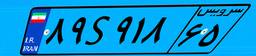
۸۹S۹۱۸۶۵